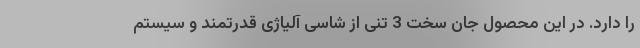
را دارد. در این محصول جان سخت 3 تنی از شاسی آلیاژی قدرتمند و سیستم